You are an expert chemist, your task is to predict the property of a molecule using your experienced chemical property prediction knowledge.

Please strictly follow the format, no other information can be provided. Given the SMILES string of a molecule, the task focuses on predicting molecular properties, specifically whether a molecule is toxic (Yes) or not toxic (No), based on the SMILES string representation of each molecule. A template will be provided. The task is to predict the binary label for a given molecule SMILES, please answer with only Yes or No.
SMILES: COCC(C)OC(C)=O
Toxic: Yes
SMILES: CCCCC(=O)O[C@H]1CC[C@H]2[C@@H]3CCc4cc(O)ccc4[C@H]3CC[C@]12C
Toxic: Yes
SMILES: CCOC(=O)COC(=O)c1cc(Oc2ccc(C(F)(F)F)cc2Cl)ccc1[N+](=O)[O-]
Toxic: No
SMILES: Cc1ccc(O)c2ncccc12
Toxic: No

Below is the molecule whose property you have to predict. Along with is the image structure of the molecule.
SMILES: CCOc1nc2cccc(C(=O)O)c2n1Cc1ccc(-c2ccccc2-c2nnn[nH]2)cc1
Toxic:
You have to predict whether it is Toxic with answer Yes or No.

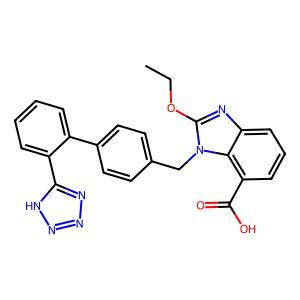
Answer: No